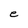
Character: e